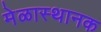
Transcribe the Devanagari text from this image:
मेळास्थानक